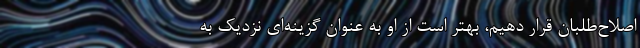
اصلاح‌طلبان قرار دهیم، بهتر است از او به عنوان گزینه‌ای نزدیک به